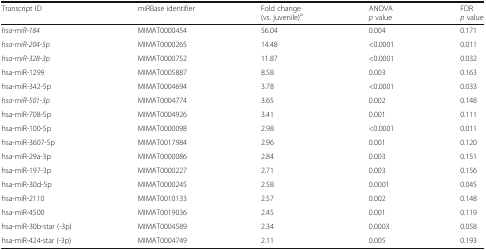
<table><thead><tr><td><b>Transcript ID</b></td><td><b>miRBase identifier</b></td><td><b>Fold change (vs. juvenile)<sup>a</sup></b></td><td><b>ANOVA <i>p</i> value</b></td><td><b>FDR <i>p</i> value</b></td></tr></thead><tbody><tr><td><i>hsa-miR-184</i></td><td>MIMAT0000454</td><td>56.04</td><td>0.004</td><td>0.171</td></tr><tr><td><i>hsa-miR-204-5p</i></td><td>MIMAT0000265</td><td>14.48</td><td>&lt;0.0001</td><td>0.011</td></tr><tr><td><i>hsa-miR-328-3p</i></td><td>MIMAT0000752</td><td>11.87</td><td>&lt;0.0001</td><td>0.032</td></tr><tr><td>hsa-miR-1299</td><td>MIMAT0005887</td><td>8.58</td><td>0.003</td><td>0.163</td></tr><tr><td>hsa-miR-342-5p</td><td>MIMAT0004694</td><td>3.78</td><td>&lt;0.0001</td><td>0.033</td></tr><tr><td><i>hsa-miR-501-3p</i></td><td>MIMAT0004774</td><td>3.65</td><td>0.002</td><td>0.148</td></tr><tr><td>hsa-miR-708-5p</td><td>MIMAT0004926</td><td>3.41</td><td>0.001</td><td>0.111</td></tr><tr><td>hsa-miR-100-5p</td><td>MIMAT0000098</td><td>2.98</td><td>&lt;0.0001</td><td>0.011</td></tr><tr><td>hsa-miR-3607-5p</td><td>MIMAT0017984</td><td>2.96</td><td>0.001</td><td>0.120</td></tr><tr><td>hsa-miR-29a-3p</td><td>MIMAT0000086</td><td>2.84</td><td>0.003</td><td>0.151</td></tr><tr><td>hsa-miR-197-3p</td><td>MIMAT0000227</td><td>2.71</td><td>0.003</td><td>0.156</td></tr><tr><td>hsa-miR-30d-5p</td><td>MIMAT0000245</td><td>2.58</td><td>0.0001</td><td>0.045</td></tr><tr><td>hsa-miR-2110</td><td>MIMAT0010133</td><td>2.57</td><td>0.002</td><td>0.148</td></tr><tr><td>hsa-miR-4500</td><td>MIMAT0019036</td><td>2.45</td><td>0.001</td><td>0.119</td></tr><tr><td>hsa-miR-30b-star (-3p)</td><td>MIMAT0004589</td><td>2.34</td><td>0.0003</td><td>0.058</td></tr><tr><td>hsa-miR-424-star (-3p)</td><td>MIMAT0004749</td><td>2.11</td><td>0.005</td><td>0.193</td></tr></tbody></table>